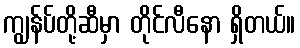
ကျွန်ပ်တို့ဆီမှာ တိုင်လီနော ရှိတယ်။